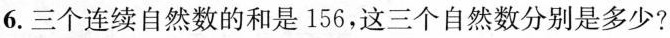
6.三个连续自然数的和是156，这三个自然数分别是多少?